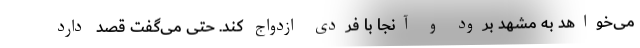
می‌خواهد به مشهد برود و آنجا با فردی ازدواج کند. حتی می‌گفت قصد دارد